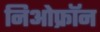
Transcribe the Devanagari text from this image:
निओफ्रॉन